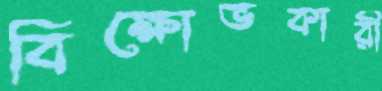
বিক্ষোভকারী